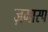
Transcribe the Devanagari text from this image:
ज़मास्प